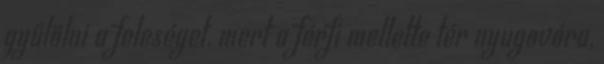
gyűlölni a feleséget, mert a férfi mellette tér nyugovóra,